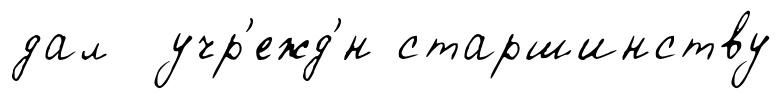
дал учр'ежд'́н старшинству